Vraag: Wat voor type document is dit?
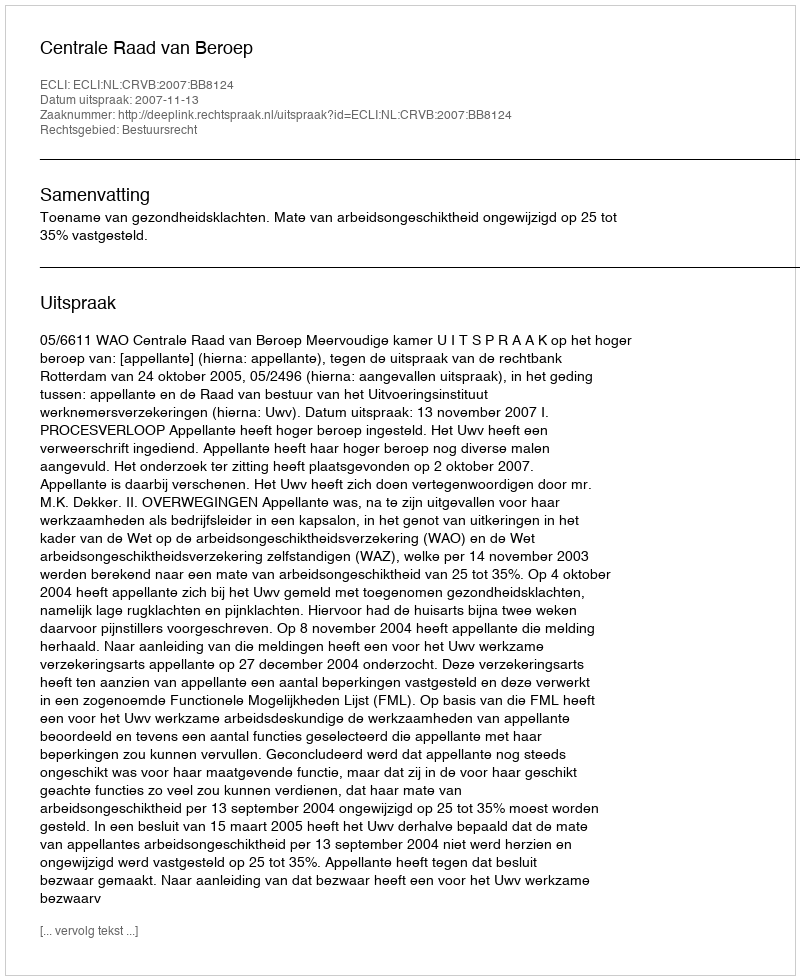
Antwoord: Uitspraak